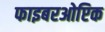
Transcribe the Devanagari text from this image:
फाइबरओप्टिक